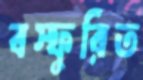
বস্ফুরিত